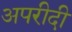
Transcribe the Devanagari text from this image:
अपरीदी